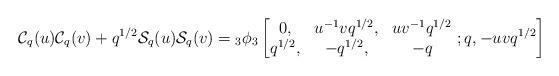
LaTeX: \begin{align*} \mathcal{C}_{q}(u)\mathcal{C}_{q}(v)+q^{1/2}\mathcal{S}_{q}(u)\mathcal{S}_{q}(v) ={}_{3}\phi_{3}\left[\begin{matrix} 0, & u^{-1}vq^{1/2}, & uv^{-1}q^{1/2} \\ q^{1/2}, & -q^{1/2}, & -q \end{matrix}\ ;q, -uvq^{1/2} \right] \end{align*}